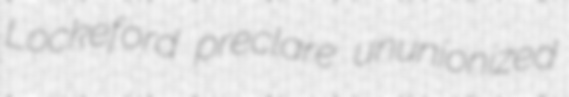
Lockeford preclare ununionized